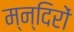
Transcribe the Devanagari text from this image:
म्न्दिरों